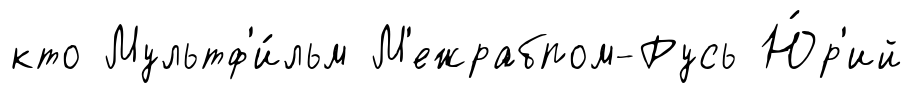
кто Мультф'и́льм М'ежрабпом-Русь Ю́р'ий